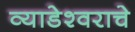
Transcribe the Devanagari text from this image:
व्याडेश्वराचे